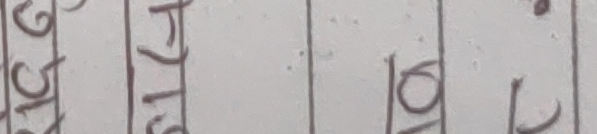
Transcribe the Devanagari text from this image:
७५४ १७८ १०२